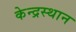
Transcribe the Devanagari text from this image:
केन्द्रस्थान